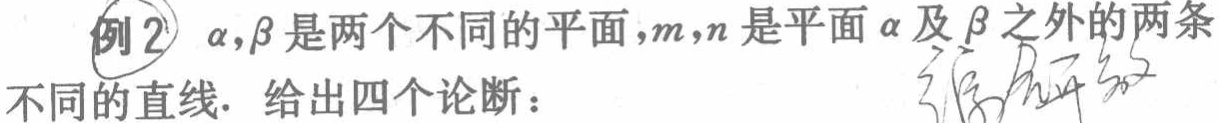
例2 $\alpha,\beta$是两个不同的平面，$m,n$是平面$\alpha$及$\beta$之外的两条不同的直线. 给出四个论断：